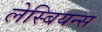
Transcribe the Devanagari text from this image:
लेस्बियन्स